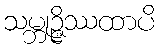
သမ္ဘုဉ္ဇိဿထာပိ